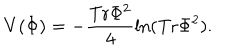
LaTeX: V ( \Phi ) = - { \frac { \mathrm { T r } \Phi ^ { 2 } } { 4 } } \mathrm { l n } ( \mathrm { T r } \Phi ^ { 2 } ) .